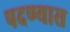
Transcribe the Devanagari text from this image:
पदण्यास